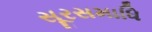
સૂરસમાધિ